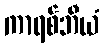
ကာရစ်ဘီယံ